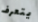
يتعرف